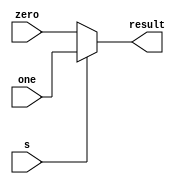
module muxF (output reg [31:0] result, input s, input [31:0] zero, one);

  always @(s,zero, one)
    if (s == 0) begin
      result = zero;
    end else begin
      result = one;
    end
endmodule